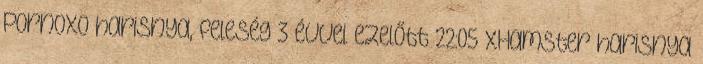
PornoXO harisnya, feleség 3 évvel ezelőtt 22:05 xHamster harisnya